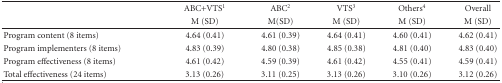
| <ROWSPAN=2>  | ABC+VTS1 | ABC2 | VTS3 | Others4 | Overall |
 | M (SD) | M(SD) | M (SD) | M (SD) | M (SD) |
 | --- | --- | --- | --- | --- | --- |
 | Program content (8 items) | 4.64 (0.41) | 4.61 (0.39) | 4.64 (0.41) | 4.60 (0.41) | 4.62 (0.41) |
 | Program implementers (8 items) | 4.83 (0.39) | 4.80 (0.38) | 4.85 (0.38) | 4.81 (0.40) | 4.83 (0.40) |
 | Program effectiveness (8 items) | 4.61 (0.42) | 4.59 (0.39) | 4.61 (0.42) | 4.55 (0.41) | 4.59 (0.41) |
 | Total effectiveness (24 items) | 3.13 (0.26) | 3.11 (0.25) | 3.13 (0.26) | 3.10 (0.26) | 3.12 (0.26) |